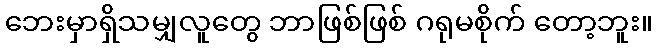
ဘေးမှာရှိသမျှလူတွေ ဘာဖြစ်ဖြစ် ဂရုမစိုက် တော့ဘူး။